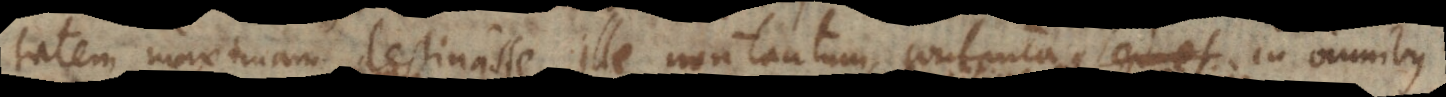
tatem maximam destinasse, ille non tantum contenta in omnibus